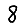
Digit: 8